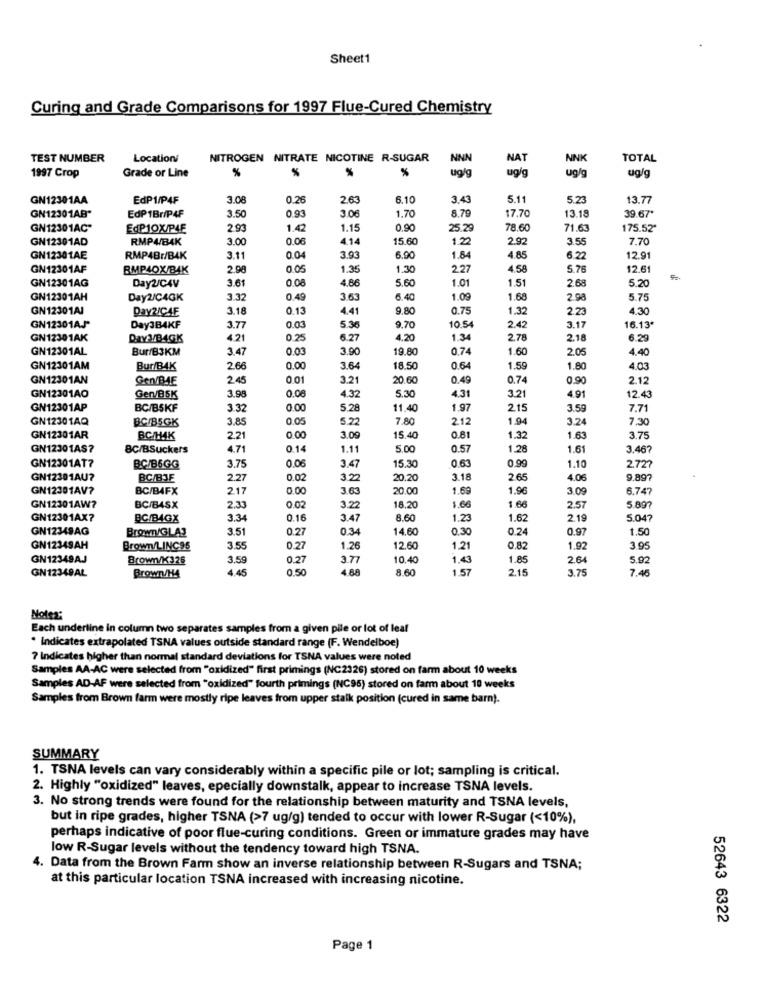
Sheet1
Curing and Grade Comparisons for 1997 Flue-Cured Chemistry
TEST NUMBER
Locationí
NITROGEN NITRATE NICOTINE R-SUGAR
NNN
NAT
NNK
TOTAL
1997 Crop
Grade or Line
%
%
%
ug/g
ug/q
ug/g
ug/g
GN12301AA
EdP1/P4F
3.08
0.26
2.63
6.10
3.43
5.11
5.23
13.77
3.50
8.79
17.70
GN12301AB"
EdP1Br/P4F
0.93
3.06
1.70
13.18
39.67
GN12301AC"
EdPIOX/P4E
2.93
1.42
1.15
0.90
25.2
78.60
71.63
175.52'
GN12301AD
RMP4/B4K
3.00
0.06
4.14
15.60
1.22
2.92
3.55
7.70
GN12301AE
RMP4Br/BAK
3.11
0.04
3.93
6.90
1.84
4.85
6.22
12.91
GN12301AF
BMP40X/BAK
2.98
0.05
1.35
1.30
2.27
4.58
5.76
12.61
GN12301AG
Day2/CAV
3.61
0.08
4.86
5.60
1.01
1.51
2.68
5.20
GN12301AH
Day2/C4GK
3.32
0.49
363
6.40
1.09
1.68
2.98
5.75
GN12301AI
Day 2/CAE
3.18
0.13
4.41
9.80
0.75
1.32
2.23
4.30
GN12301AJ
Day3B4KF
3.77
0.03
5.36
9.70
10.54
2.42
3.17
16.13
GN12301AK
Day 3/B4GK
4.21
0.25
6.27
4.20
1.34
2.78
2.18
6.29
GN12301AL
Bur/B3KM
3.47
0.03
3.90
19.80
0.74
1.60
2.05
4.40
GN12301AM
Bur/BAK
2.66
0.00
3.64
18.50
0.64
1.59
1.80
4.03
GN12301AN
Gen/BIE
2.45
0.01
3.21
20.60
0.49
0.74
0.90
2.12
GN12301AO
Gerv/BSK
3.98
0.08
4.32
5.30
4.31
3.21
4.91
12.43
GN12301AP
BC/BSKF
3.32
0.00
5.28
11,40
1.97
215
3.59
7.71
GN12301AQ
BC/B5GK
3.85
0.05
5.22
7.80
2.12
1.94
3.24
7.30
GN12301AR
BC/HAK
2.21
0.00
3.0
15.4
0.81
1.32
1.63
3.75
GN12301AS?
8C/BSuckers
4.71
0.14
1.11
5.00
0.57
1.28
1.61
3.467
GN12301AT?
BC/B6GG
3.75
0.06
3.47
15.3
0.63
0.99
1.10
272
GN12301AU?
BC/BJE
2.27
0.02
3.22
20.20
3.18
2.6
4.06
9.89
GN12301AV?
BC/B4FX
217
0.00
3.63
20.00
1.69
1.96
3.09
6.747
GN12301AW?
BC/B4SX
2.33
0.02
3.22
18.20
1.60
1.66
2.57
5.897
GN12301AX?
BC/BAGX
3.34
0.16
3.47
8.60
1.23
1.62
2.19
5.047
GN1234SAG
BrowTV/GLAS
3.51
0.27
0.34
14.60
0,30
0.24
0.97
1.50
GN12349AH
BrownV/LINC95
3.55
0.27
1.26
12.60
1.21
0,82
1.92
3.95
GN12349AJ
Brown/K326
3.59
0.27
3.77
10.4
1.43
1.85
2.64
5.92
4.45
0.50
4.88
8.60
1.57
2.15
3.75
7.4
GN12349AL
Brown/H4
Notes:
Each underline in column two separates samples from a given pile or lot of leal
* Indicates extrapolated TSNA values outside standard range (F. Wendelboe)
7 Indicates higher than normal standard deviations for TSNA values were noted
Samples AA-AC were selected from "oxidized" first primings (NC2326) stored on farm about 10 weeks
Samples AD-AF were selected from "oxidized" fourth primings (NC95) stored on farm about 10 weeks
Samples from Brown farm were mostly ripe leaves from upper staik position (cured in same barn).
SUMMARY
1. TSNA levels can vary considerably within a specific pile or lot; sampling is critical.
2. Highly "oxidized" leaves, epecially downstalk, appear to increase TSNA levels.
3. No strong trends were found for the relationship between maturity and TSNA levels,
but in ripe grades, higher TSNA (>7 ug/g) tended to occur with lower R-Sugar (<10%),
perhaps indicative of poor flue-curing conditions. Green or immature grades may have
low R-Sugar levels without the tendency toward high TSNA.
4. Data from the Brown Farm show an inverse relationship between R-Sugars and TSNA;
at this particular location TSNA increased with increasing nicotine.
52643 6322
Page 1